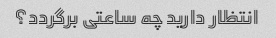
انتظار دارید چه ساعتی برگردد؟